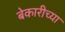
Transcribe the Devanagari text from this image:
बेकारीच्या